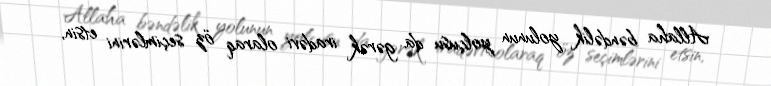
Allaha bəndəlik yolunun yolçusu da gərək iradəvi olaraq öz seçimlərini etsin,